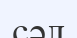
сәл